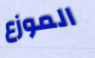
الموزع